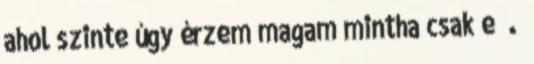
ahol szinte úgy érzem magam mintha csak e .